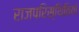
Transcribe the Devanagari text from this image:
राजपरिस्थितियों